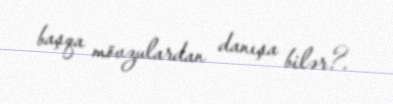
başqa mövzulardan danışa bilər?.